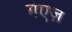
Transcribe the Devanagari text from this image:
गेएज़